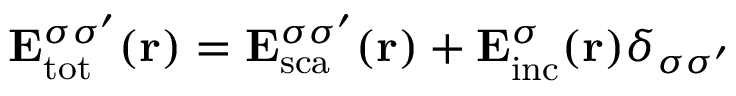
{ \bf E } _ { \mathrm { { t o t } } } ^ { \sigma \sigma ^ { \prime } } ( { \bf r } ) = { \bf E } _ { \mathrm { { s c a } } } ^ { \sigma \sigma ^ { \prime } } ( { \bf r } ) + { \bf E } _ { \mathrm { { i n c } } } ^ { \sigma } ( { \bf r } ) \delta _ { \sigma \sigma ^ { \prime } }